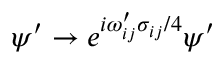
\psi ^ { \prime } \to e ^ { i \omega _ { i j } ^ { \prime } \sigma _ { i j } / 4 } \psi ^ { \prime }